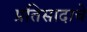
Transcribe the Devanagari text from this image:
प्रतिसादाचे